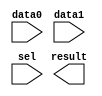
module mux_2 (
	data0,
	data1,
	sel,
	result);

	input	  data0;
	input	  data1;
	input	  sel;
	output	  result;

endmodule